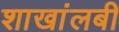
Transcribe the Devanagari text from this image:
शाखांलबी